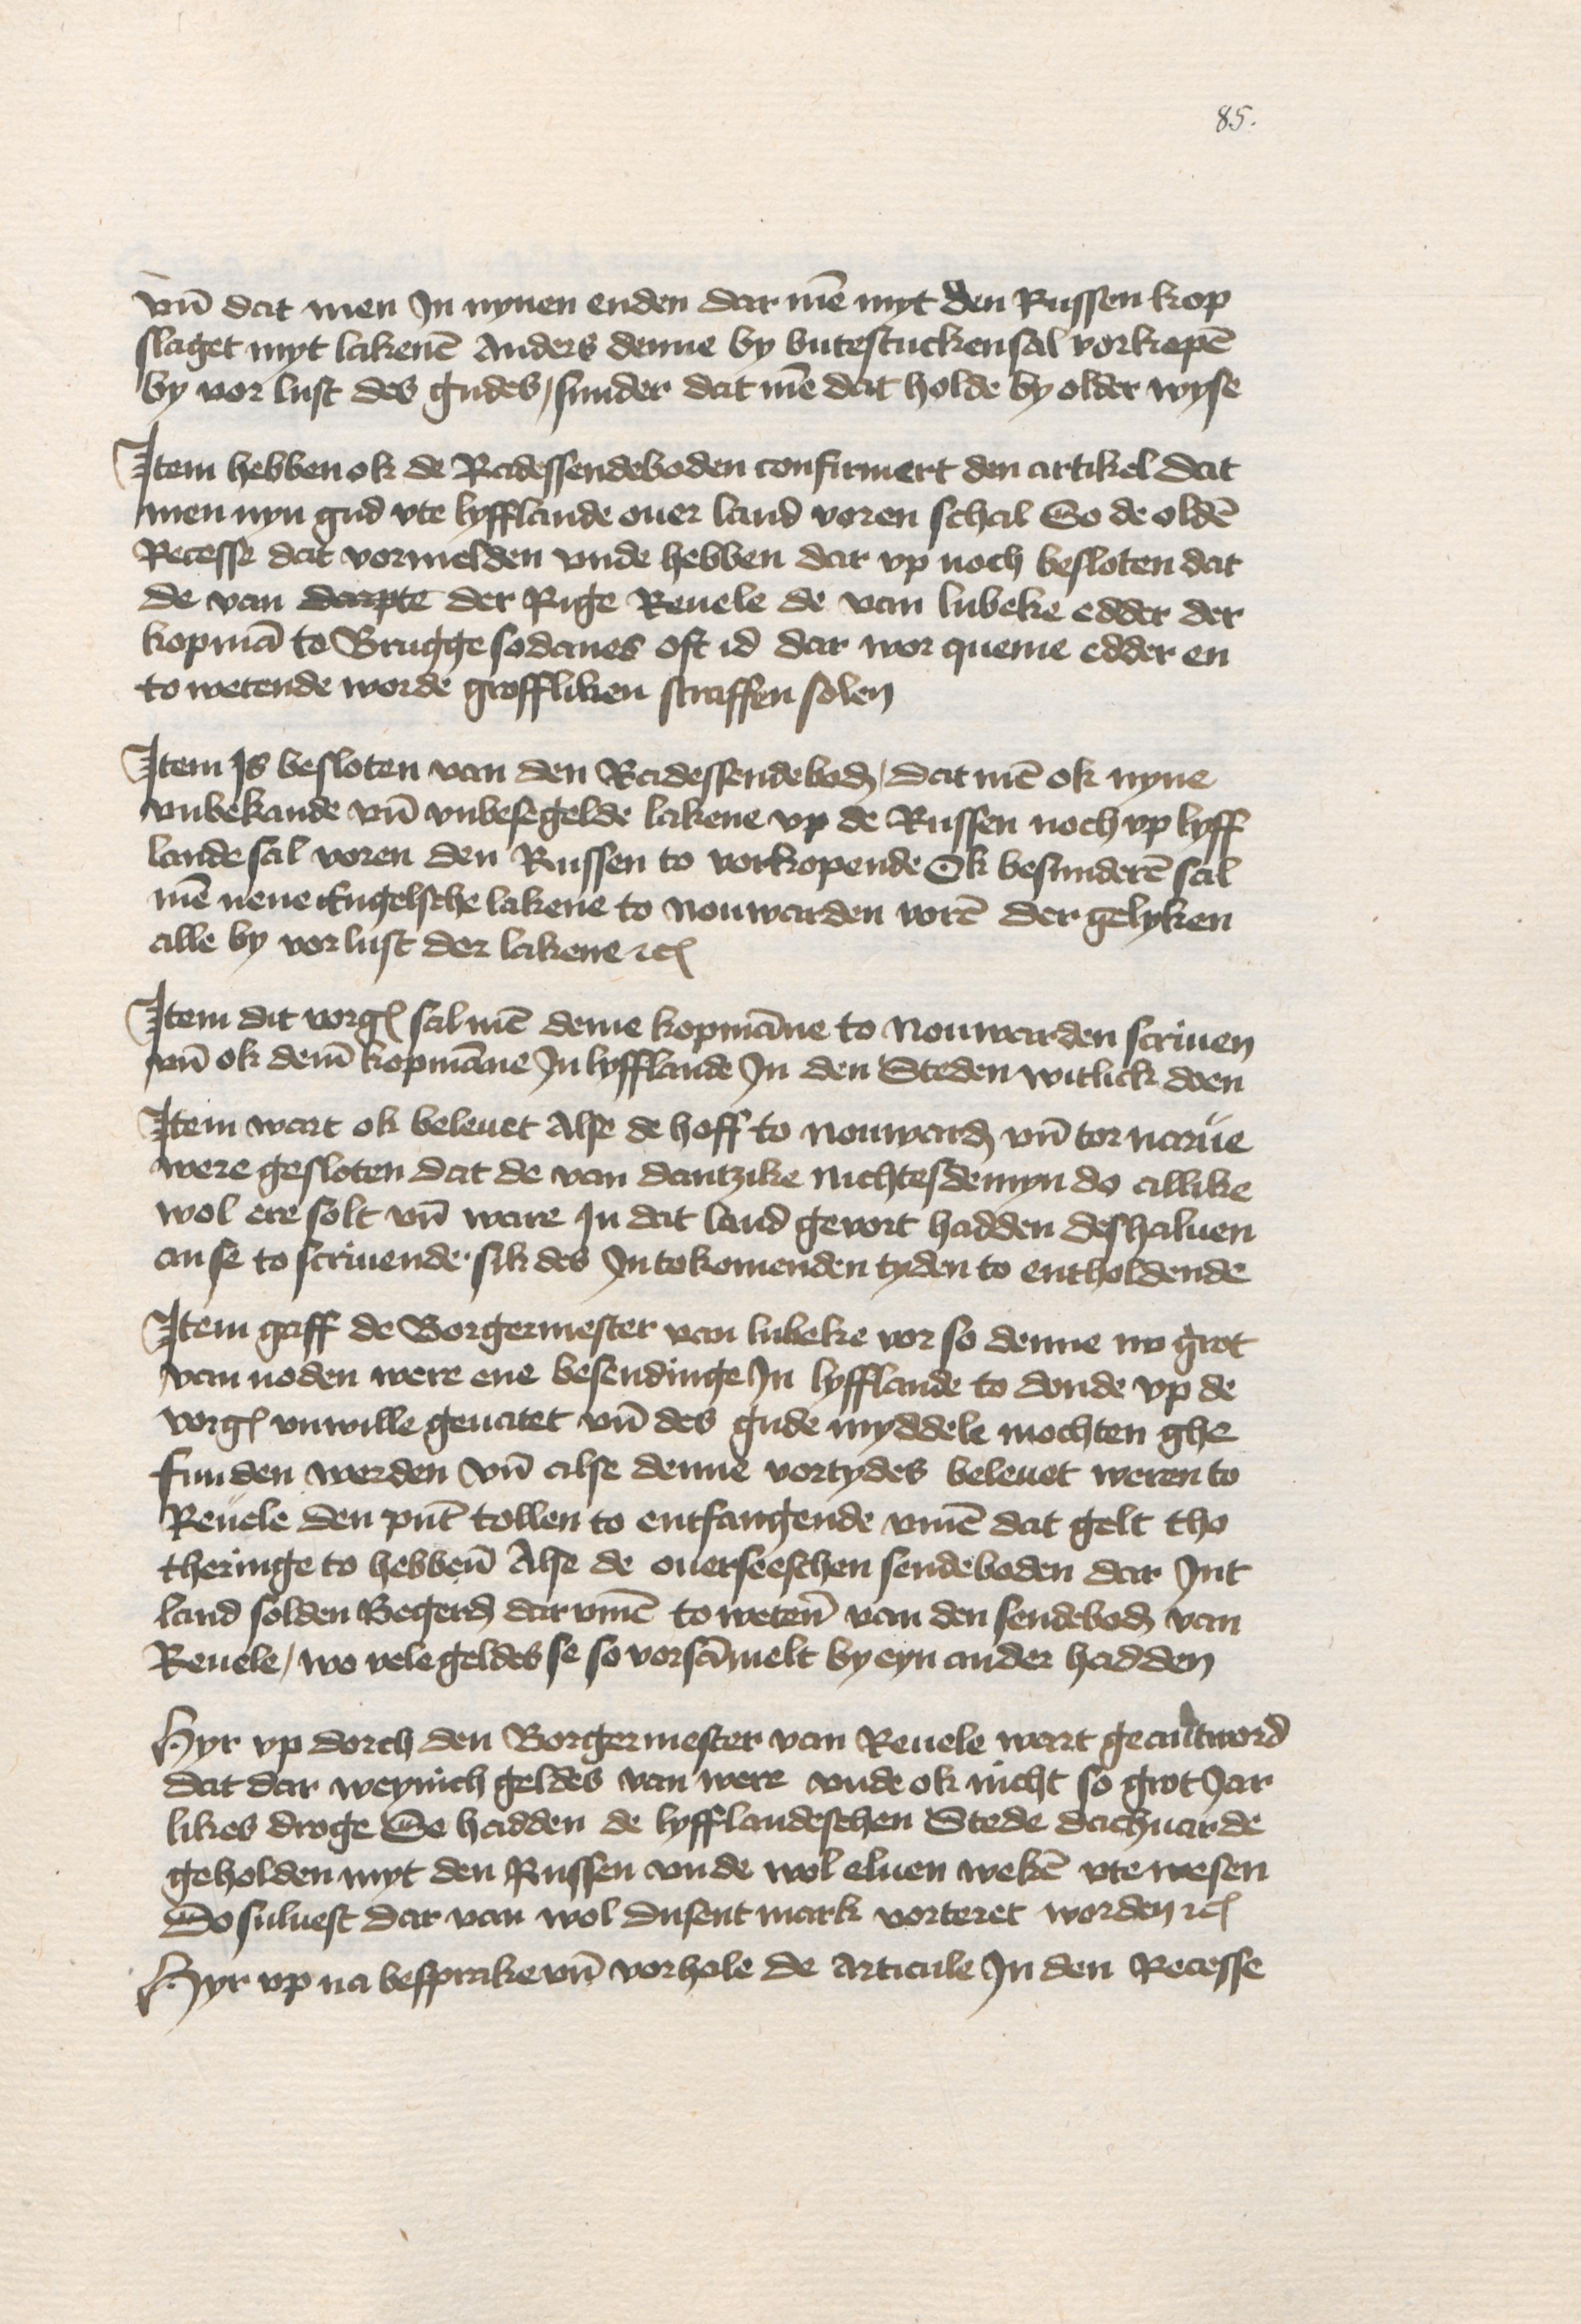
vnd dat men Jn nynen enden dar men myt den Russen kop¬
slaget myt lakenen Anders denne by butestucken sal vorkopen
by vor lust des gudes, sunder dat men dat holde by older wyse

Jtem hebben ok de Radessendeboden confirmert den artikel dat
men nyn gud vte Lyfflande ouer land voren schal So de olden
Recesse dat vormelden vnde hebben dar vp noch besloten dat
de van darpte der Rige Reuele de van Lubeke edder der
kopman to Brugge sodanes oft id dar wor queme edder en
to wetende worde groffliken straffen solen

Jtem Js besloten van den Radessendeboden, dat men ok nyne
vnbekande vnd vnbesegelde lakene vp de Russen noch vp Lyff¬
lande sal voren den Russen to vorkopende Ok besunderen sal
men nene Engelsche lakene to Nouwarden voren der gelyken
alle by vorlust der lakene etc

Jtem dit vorgescreuene sal men deme kopmanne to Nouwarden scriuen
vnd ok deme kopmanne Jn Lyfflande Jn den Steden witlick doen
Jtem wart ok beleuet Alse de hoff to Nouwarden vnd tor Narue
were gesloten dat de van Dantzike nichtesdemyn do allike
wol ere solt vnd ware Jn dat land gevort hadden deshaluen
an se to scriuende, sik des Jntokomenden tyden to entholdende

Jtem gaff de Borgermester van Lubeke vor so denne nv grot
van noden were ene besendinge Jn Lyfflande to donde vp de
vorgescreuen vnwille geuatet vnd des gude myddele mochten ghe¬
funden werden vnd alse denne vortydes beleuet weren to
Reuele den punt tollen to entfangende vmme dat gelt tho
theringe to hebbene Alse de ouerseeschen sendeboden dar Jnt
land solden Begerden darvmme to wetene van den sendeboden van
Reuele, wo vele geldes se so vorsammelt by eyn ander hadden

Hyr vp dorch den Borgermester van Reuele wart geantword
dat dar weynich geldes van were vnde ok nicht so grot Jar¬
likes droge Se hadden de lyfflandeschen Stede dachuarde
geholden myt den Russen vnde wol eluen weken vte wesen
Do suluest dar van wol dusent mark vorteret worden etc
Hyr vp na besprake vnd vorhole de articule Jn den Recesse